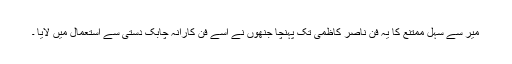
میرؔ سے سہل ممتنع کا یہ فن ناصرؔ کاظمی تک پہنچا جنھوں نے اسے فن کارانہ چابک دستی سے استعمال میں لایا ۔